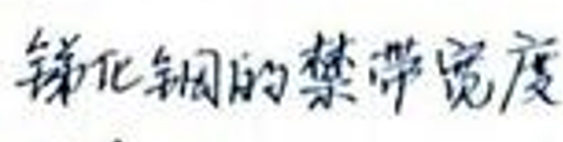
锑化铟的禁带宽度